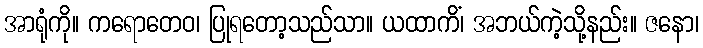
အာရုံကို။ ကရောတေဝ၊ ပြုရတော့သည်သာ။ ယထာကိံ၊ အဘယ်ကဲ့သို့နည်း။ ဇနော၊